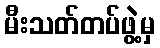
မီးသတ်တပ်ဖွဲ့မှ